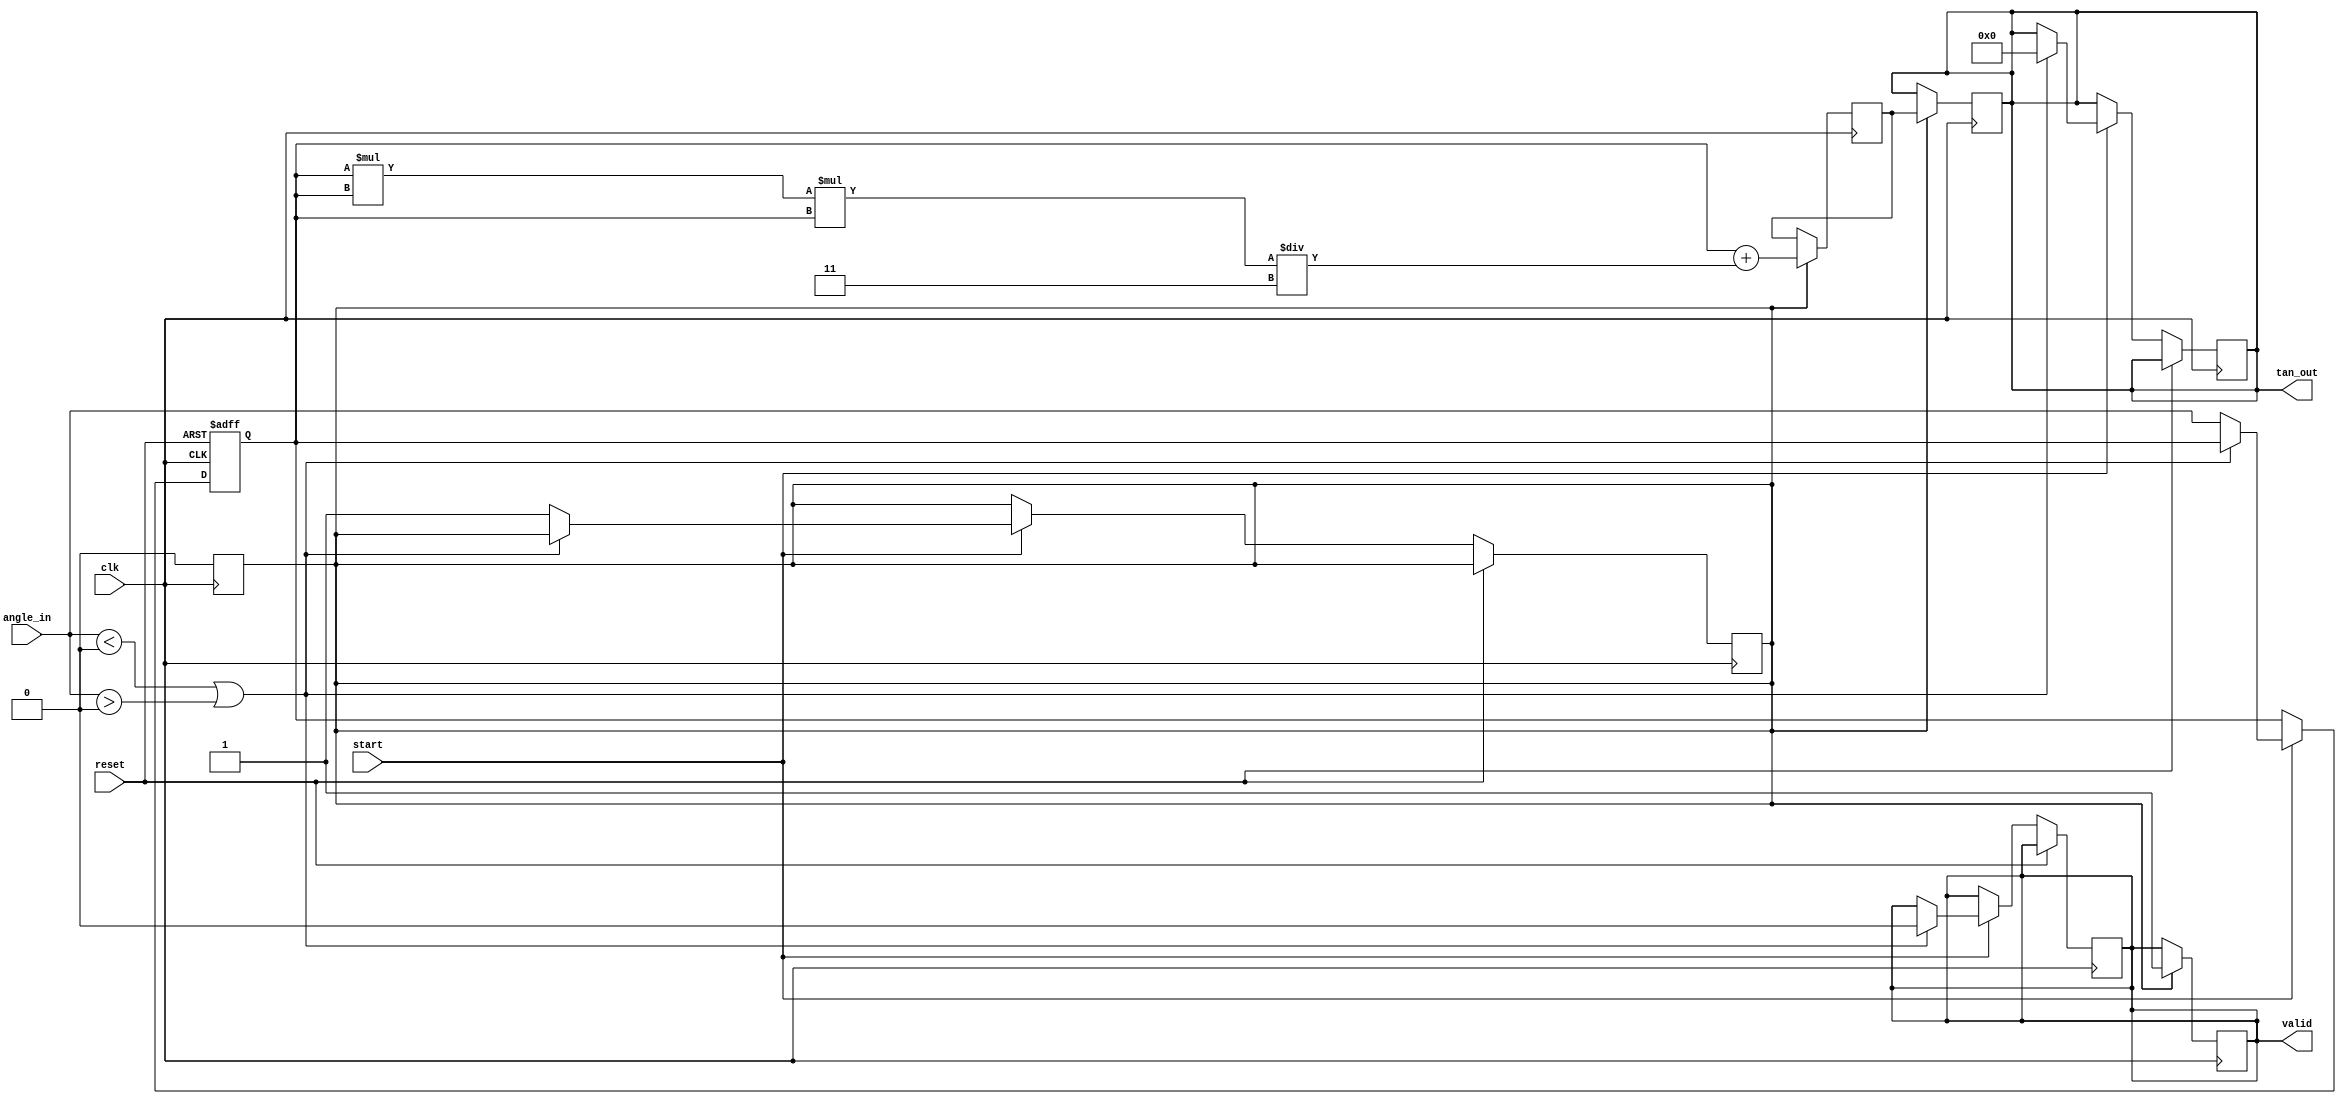
module tan_function (
    input  wire [31:0] angle_in,   // Input angle in radians (IEEE 754 format)
    input  wire clk,               // Clock signal
    input  wire reset,             // Reset signal
    input  wire start,             // Start signal for computation
    output reg [31:0] tan_out,     // Output tangent value (IEEE 754 format)
    output reg valid               // Valid output signal
);
    
    // Parameters for trigonometric calculations
    parameter PI = 32'b1100000001001001000011111101101010100000000000000000000000000000; //  in IEEE 754
    parameter QUARTER_PI = 32'b0111111110100000000000000000000000000000000000000000000000000000; // /2 in IEEE 754

    // Internal states
    reg [31:0] angle_normalized; // Normalized angle
    reg [31:0] tan_approx;       // Approximated tangent value
    reg computing;               // Status of computation

    // Normalize the angle to the range (-/2, /2)
    always @(posedge clk or posedge reset) begin
        if (reset) begin
            angle_normalized <= 32'b0;
        end else if (start) begin
            // Example: Add normalization code here to handle input in the range (-, )
            // For now, just assume the input is already in the desired range.

            // Check if the angle is within bounds (-/2, /2)
            if (angle_in < -QUARTER_PI || angle_in > QUARTER_PI) begin
                tan_out <= 32'b0;   // Output zero or handle overflow case
                valid <= 1'b0;      // Invalid output
            end else begin
                angle_normalized <= angle_in;
                computing <= 1'b1; // Start computation
            end
        end
    end

    // Approximate tangent for small angles using a polynomial approximation
    always @(posedge clk) begin
        if (computing) begin
            // A simple approximation: tan(x)  x + x^3/3
            // Calculate x^3
            tan_approx <= angle_normalized + (angle_normalized * angle_normalized * angle_normalized) / 32'h3; 
            tan_out <= tan_approx; // Set output as computed tangent
            valid <= 1'b1; // Indicate valid output
            computing <= 1'b0; // Finish computation
        end
    end

endmodule